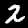
Digit: 2